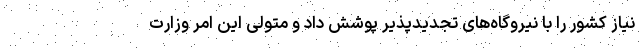
نیاز کشور را با نیروگاه‌های تجدیدپذیر پوشش داد و متولی این امر وزارت